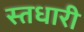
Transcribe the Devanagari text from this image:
स्तधारी